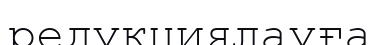
редукциялауға